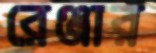
রেঞ্জার